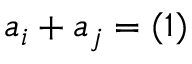
{ \mathfrak { a } } _ { i } + { \mathfrak { a } } _ { j } = ( 1 )